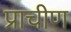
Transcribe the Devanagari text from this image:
प्राचीण